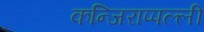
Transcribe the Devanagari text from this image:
कन्जिराप्पल्ली